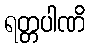
ရတ္တပါဏိ